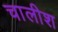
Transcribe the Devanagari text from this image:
चालीश